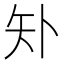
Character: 𰦓